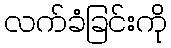
လက်ခံခြင်းကို